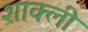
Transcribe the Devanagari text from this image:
शाक्ली